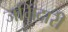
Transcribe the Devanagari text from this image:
जमिंदारी